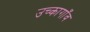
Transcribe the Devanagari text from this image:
उच्कागाँव